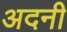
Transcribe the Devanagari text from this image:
अदनी